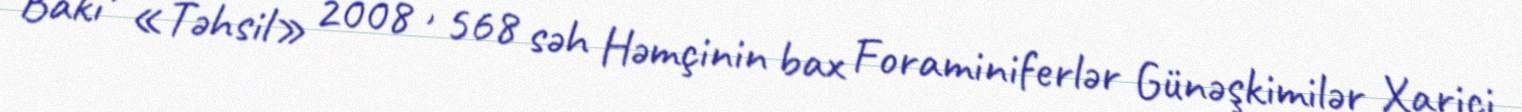
Bakı , «Təhsil» 2008 , 568 səh Həmçinin bax Foraminiferlər Günəşkimilər Xarici